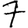
Digit: 7